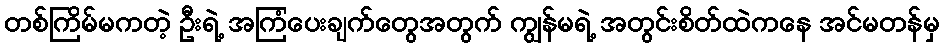
တစ်ကြိမ်မကတဲ့ ဦးရဲ့ အကြံပေးချက်တွေအတွက် ကျွန်မရဲ့ အတွင်းစိတ်ထဲကနေ အင်မတန်မှ